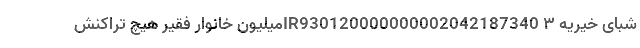
شبای خیریه IR930120000000002042187340 ۳میلیون خانوار فقیر هیچ تراکنش